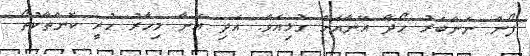
ފޯން ނަންބަރު ހޯދާ އޭނާއަށް ގުޅިއެވެ. އަދި އޭނާ މިހާރު ހުރީ ކޮންތާކުތޯ